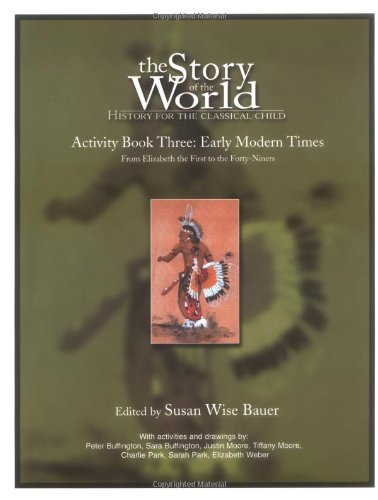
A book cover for The Story of the World Activity Book Three: Early Modern Times; Susan Wise Bauer; Education & Teaching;